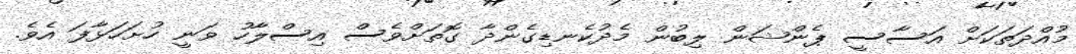
މުއްދަތަކަށް އަސާސީ ޕެންޝަން ލިބުން މެދުކެނޑިގެންދާ ގޮތަށްވެސް އިސްލާހު ވަނީ ހުށަހަޅާފަ އެވެ.